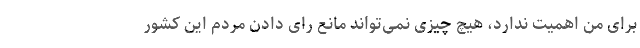
برای من اهمیت ندارد، هیچ چیزی نمی‌تواند مانع رای دادن مردم این کشور